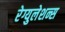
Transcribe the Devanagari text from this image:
रेग्युलेशन्स